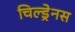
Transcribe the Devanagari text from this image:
चिल्ड्रेनस